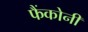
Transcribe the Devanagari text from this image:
फैंकोनी